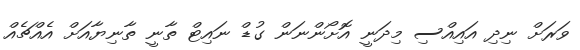
ވަރަށް ނިދި އައިއްސި މިދަނީ އޮށޯންނަން ގުޑް ނައިޓް ތާނީ ތާނިޔާއަށް އެއްޗެއް